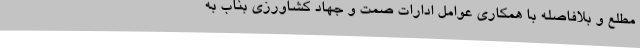
مطلع و بلافاصله با همکاری عوامل ادارات صمت و جهاد کشاورزی بناب به